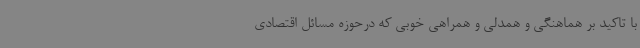
با تاکید بر هماهنگی و همدلی و همراهی خوبی که درحوزه مسائل اقتصادی